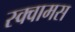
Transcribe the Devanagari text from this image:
स्क्वामस